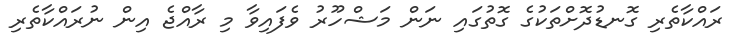
ރައްކާތެރި ގޮނޑުދޮށްތަކުގެ ގޮތުގައި ނަން މަޝްހޫރު ވެފައިވާ މި ރާއްޖެ އިން ނުރައްކާތެރި